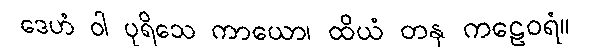
ဒေဟံ ဝါ ပုရိသေ ကာယော၊ ထိယံ တနု ကဠေဝရံ။